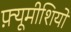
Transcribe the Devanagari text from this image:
फ़्यूमीशियो